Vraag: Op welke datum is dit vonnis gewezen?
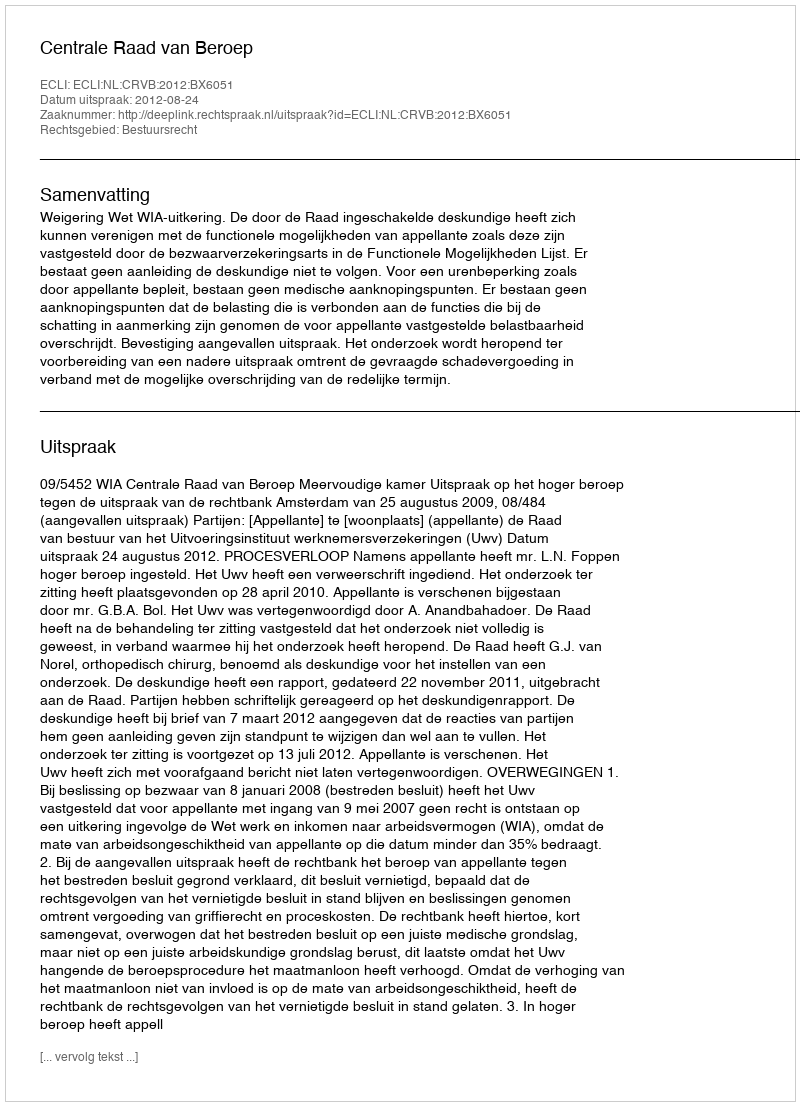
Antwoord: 2012-08-24